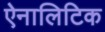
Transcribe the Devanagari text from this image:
ऐनालिटिक